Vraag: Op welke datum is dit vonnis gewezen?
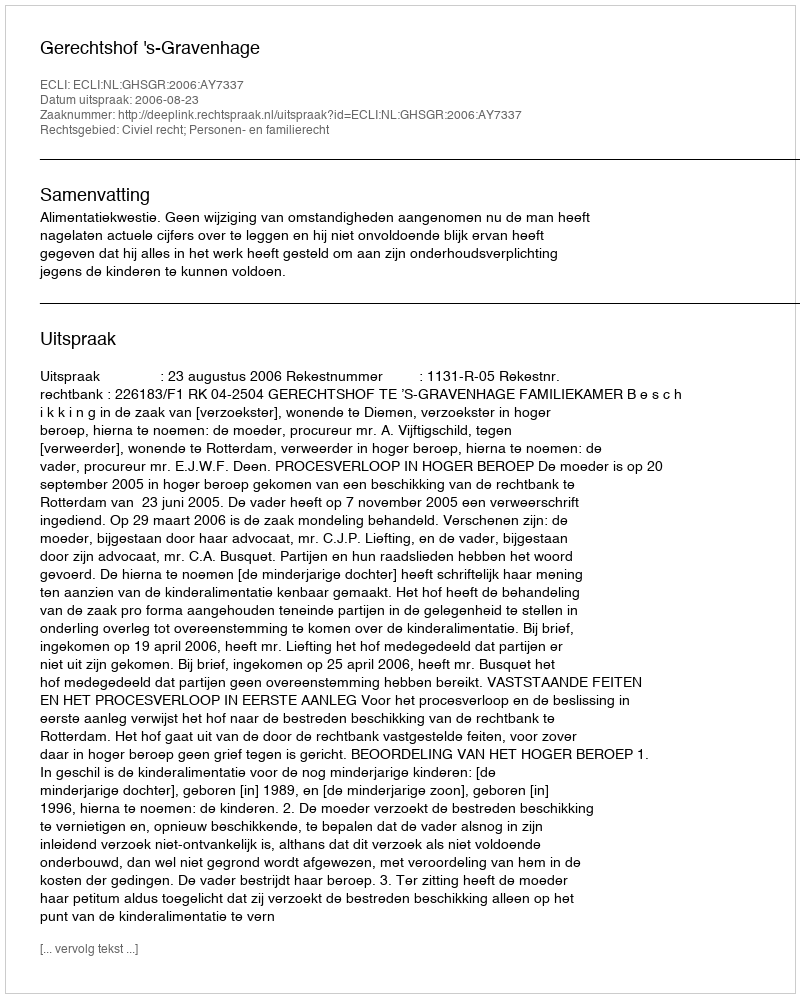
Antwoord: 2006-08-23